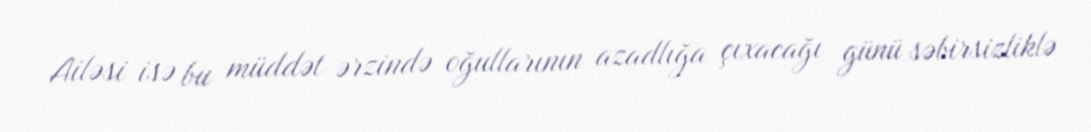
Ailəsi isə bu müddət ərzində oğullarının azadlığa çıxacağı günü səbirsizliklə